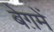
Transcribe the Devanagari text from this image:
बेग़में